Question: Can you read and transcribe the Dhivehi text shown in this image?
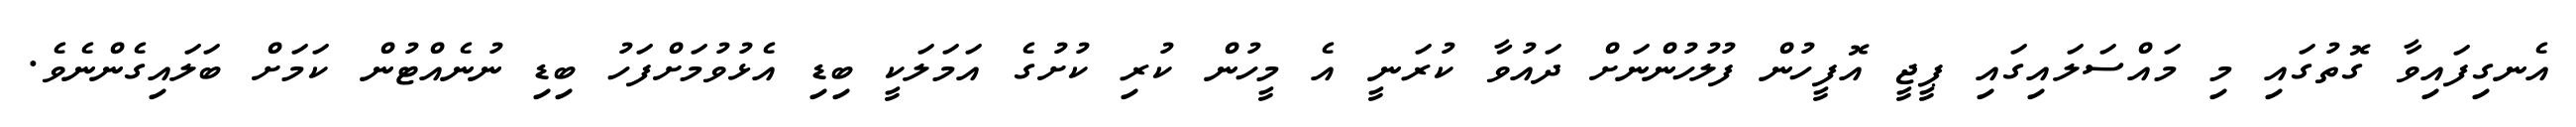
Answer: އެނގިފައިވާ ގޮތުގައި މި މައްސަލައިގައި ޕީޖީ އޮފީހުން ފުލުހުންނަށް ދައުވާ ކުރަނީ އެ މީހުން ކުރި ކުށުގެ އަމަލަކީ ބިޑި އެޅުވުމަށްފަހު ބިޑި ނުނެއްޓުން ކަމަށް ބަލައިގެންނެވެ.